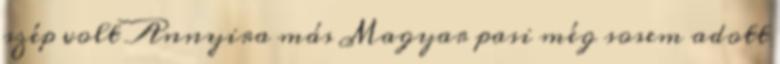
szép volt Annyira más Magyar pasi még sosem adott